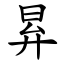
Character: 昪